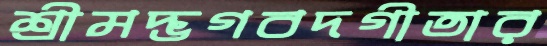
শ্রীমদ্ভগবদগীতার